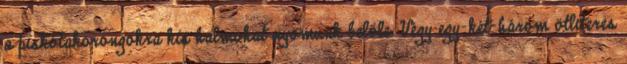
a piskótakorongokra kis halmokat nyomunk belőle. Végy egy-két-három ötliteres